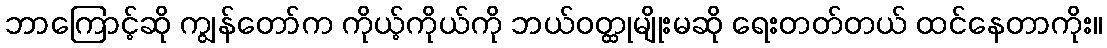
ဘာကြောင့်ဆို ကျွန်တော်က ကိုယ့်ကိုယ်ကို ဘယ်ဝတ္ထုမျိုးမဆို ရေးတတ်တယ် ထင်နေတာကိုး။